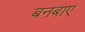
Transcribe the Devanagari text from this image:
बनबाए